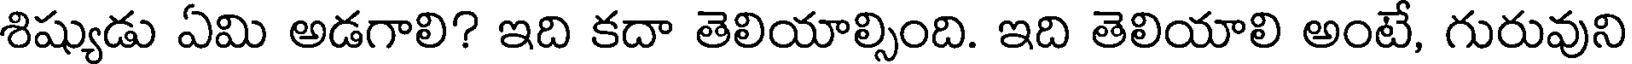
శిష్యుడు ఏమి అడగాలి? ఇది కదా తెలియాల్సింది. ఇది తెలియాలి అంటే, గురువుని